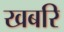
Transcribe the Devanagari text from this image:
खबरि